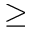
\ge